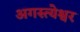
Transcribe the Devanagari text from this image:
अगस्त्येश्वर